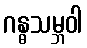
ဂန္ဓသမ္ဘဝါ